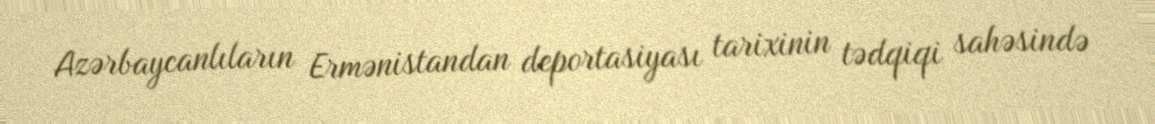
Azərbaycanlıların Ermənistandan deportasiyası tarixinin tədqiqi sahəsində